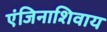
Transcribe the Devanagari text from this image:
एंजिनाशिवाय